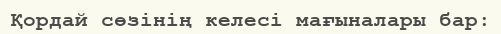
Қордай сөзінің келесі мағыналары бар: